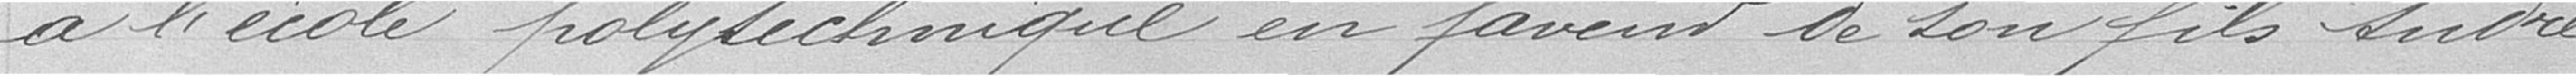
à l'école polytechnique en faveur de son fils André